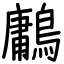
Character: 鷛